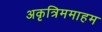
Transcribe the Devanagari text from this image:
अकृत्रिममाहम